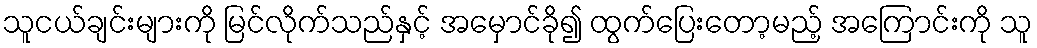
သူငယ်ချင်းများကို မြင်လိုက်သည်နှင့် အမှောင်ခို၍ ထွက်ပြေးတော့မည့် အကြောင်းကို သူ